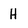
Character: H